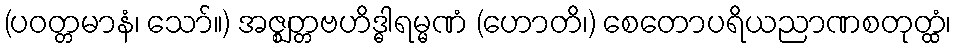
(ပဝတ္တမာနံ၊ သော်။) အဇ္ဈတ္တဗဟိဒ္ဓါရမ္မဏံ (ဟောတိ၊) စေတောပရိယညာဏစတုတ္ထံ၊